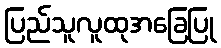
ပြည်သူလူထုအခြေပြု